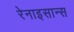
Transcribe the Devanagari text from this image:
रेनाइसान्स